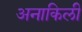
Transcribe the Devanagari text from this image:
अनाकिली